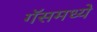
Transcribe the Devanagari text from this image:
गॅसमध्ये